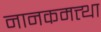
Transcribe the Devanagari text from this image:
नानकमत्त्था